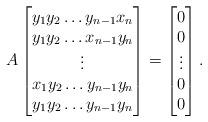
LaTeX: \begin{align*}A \begin{bmatrix} y_1y_2\dots y_{n-1}x_n\\y_1y_2\dots x_{n-1}y_n\\\vdots \\x_1y_2\dots y_{n-1}y_n\\y_1y_2\dots y_{n-1}y_n\\\end{bmatrix} =\begin{bmatrix} 0\\0\\\vdots \\0\\0\\\end{bmatrix}.\end{align*}